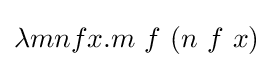
\lambda mnfx.m\ f\ (n\ f\ x)